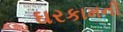
ઘરકામની